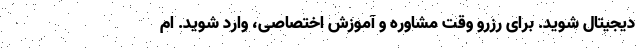
دیجیتال شوید. برای رزرو وقت مشاوره و آموزش اختصاصی، وارد شوید. ام